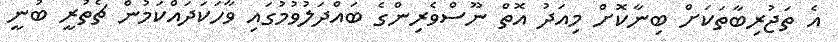
އެ ތަޖުރިބާތަކަށް ބިނާކޮށް މިއަދު އޮތް ނޫސްވެރިންގެ ބައްދަލުވުމުގައި ވާހަކަދައްކަމުން ޗެތުރީ ބުނީ